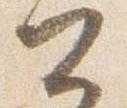
公